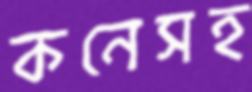
কনেসহ